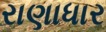
રાણાધાર